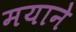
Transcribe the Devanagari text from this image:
मयाने